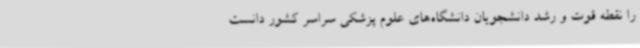
را نقطه قوت و رشد دانشجویان دانشگاه‌های علوم پزشکی سراسر کشور دانست